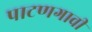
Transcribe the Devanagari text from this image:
पाटणगावी